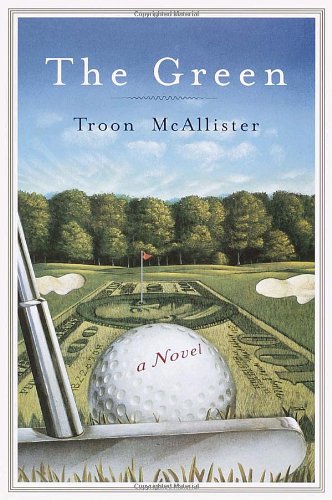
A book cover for The Green; Troon McAllister; Literature & Fiction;